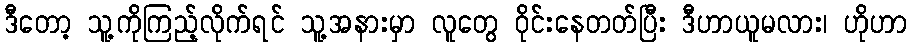
ဒီတော့ သူ့ကိုကြည့်လိုက်ရင် သူ့အနားမှာ လူတွေ ဝိုင်းနေတတ်ပြီး ဒီဟာယူမလား၊ ဟိုဟာ